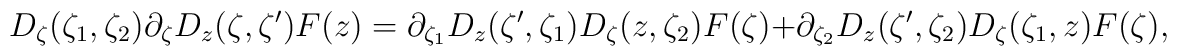
D_\zeta(\zeta_1,\zeta_2) \partial_\zeta D_z(\zeta,\zeta') F(z) =\partial_{\zeta_1} D_z(\zeta',\zeta_1) D_\zeta (z,\zeta_2) F(\zeta)+ \partial_{\zeta_2} D_z(\zeta',\zeta_2) D_\zeta (\zeta_1, z) F(\zeta),